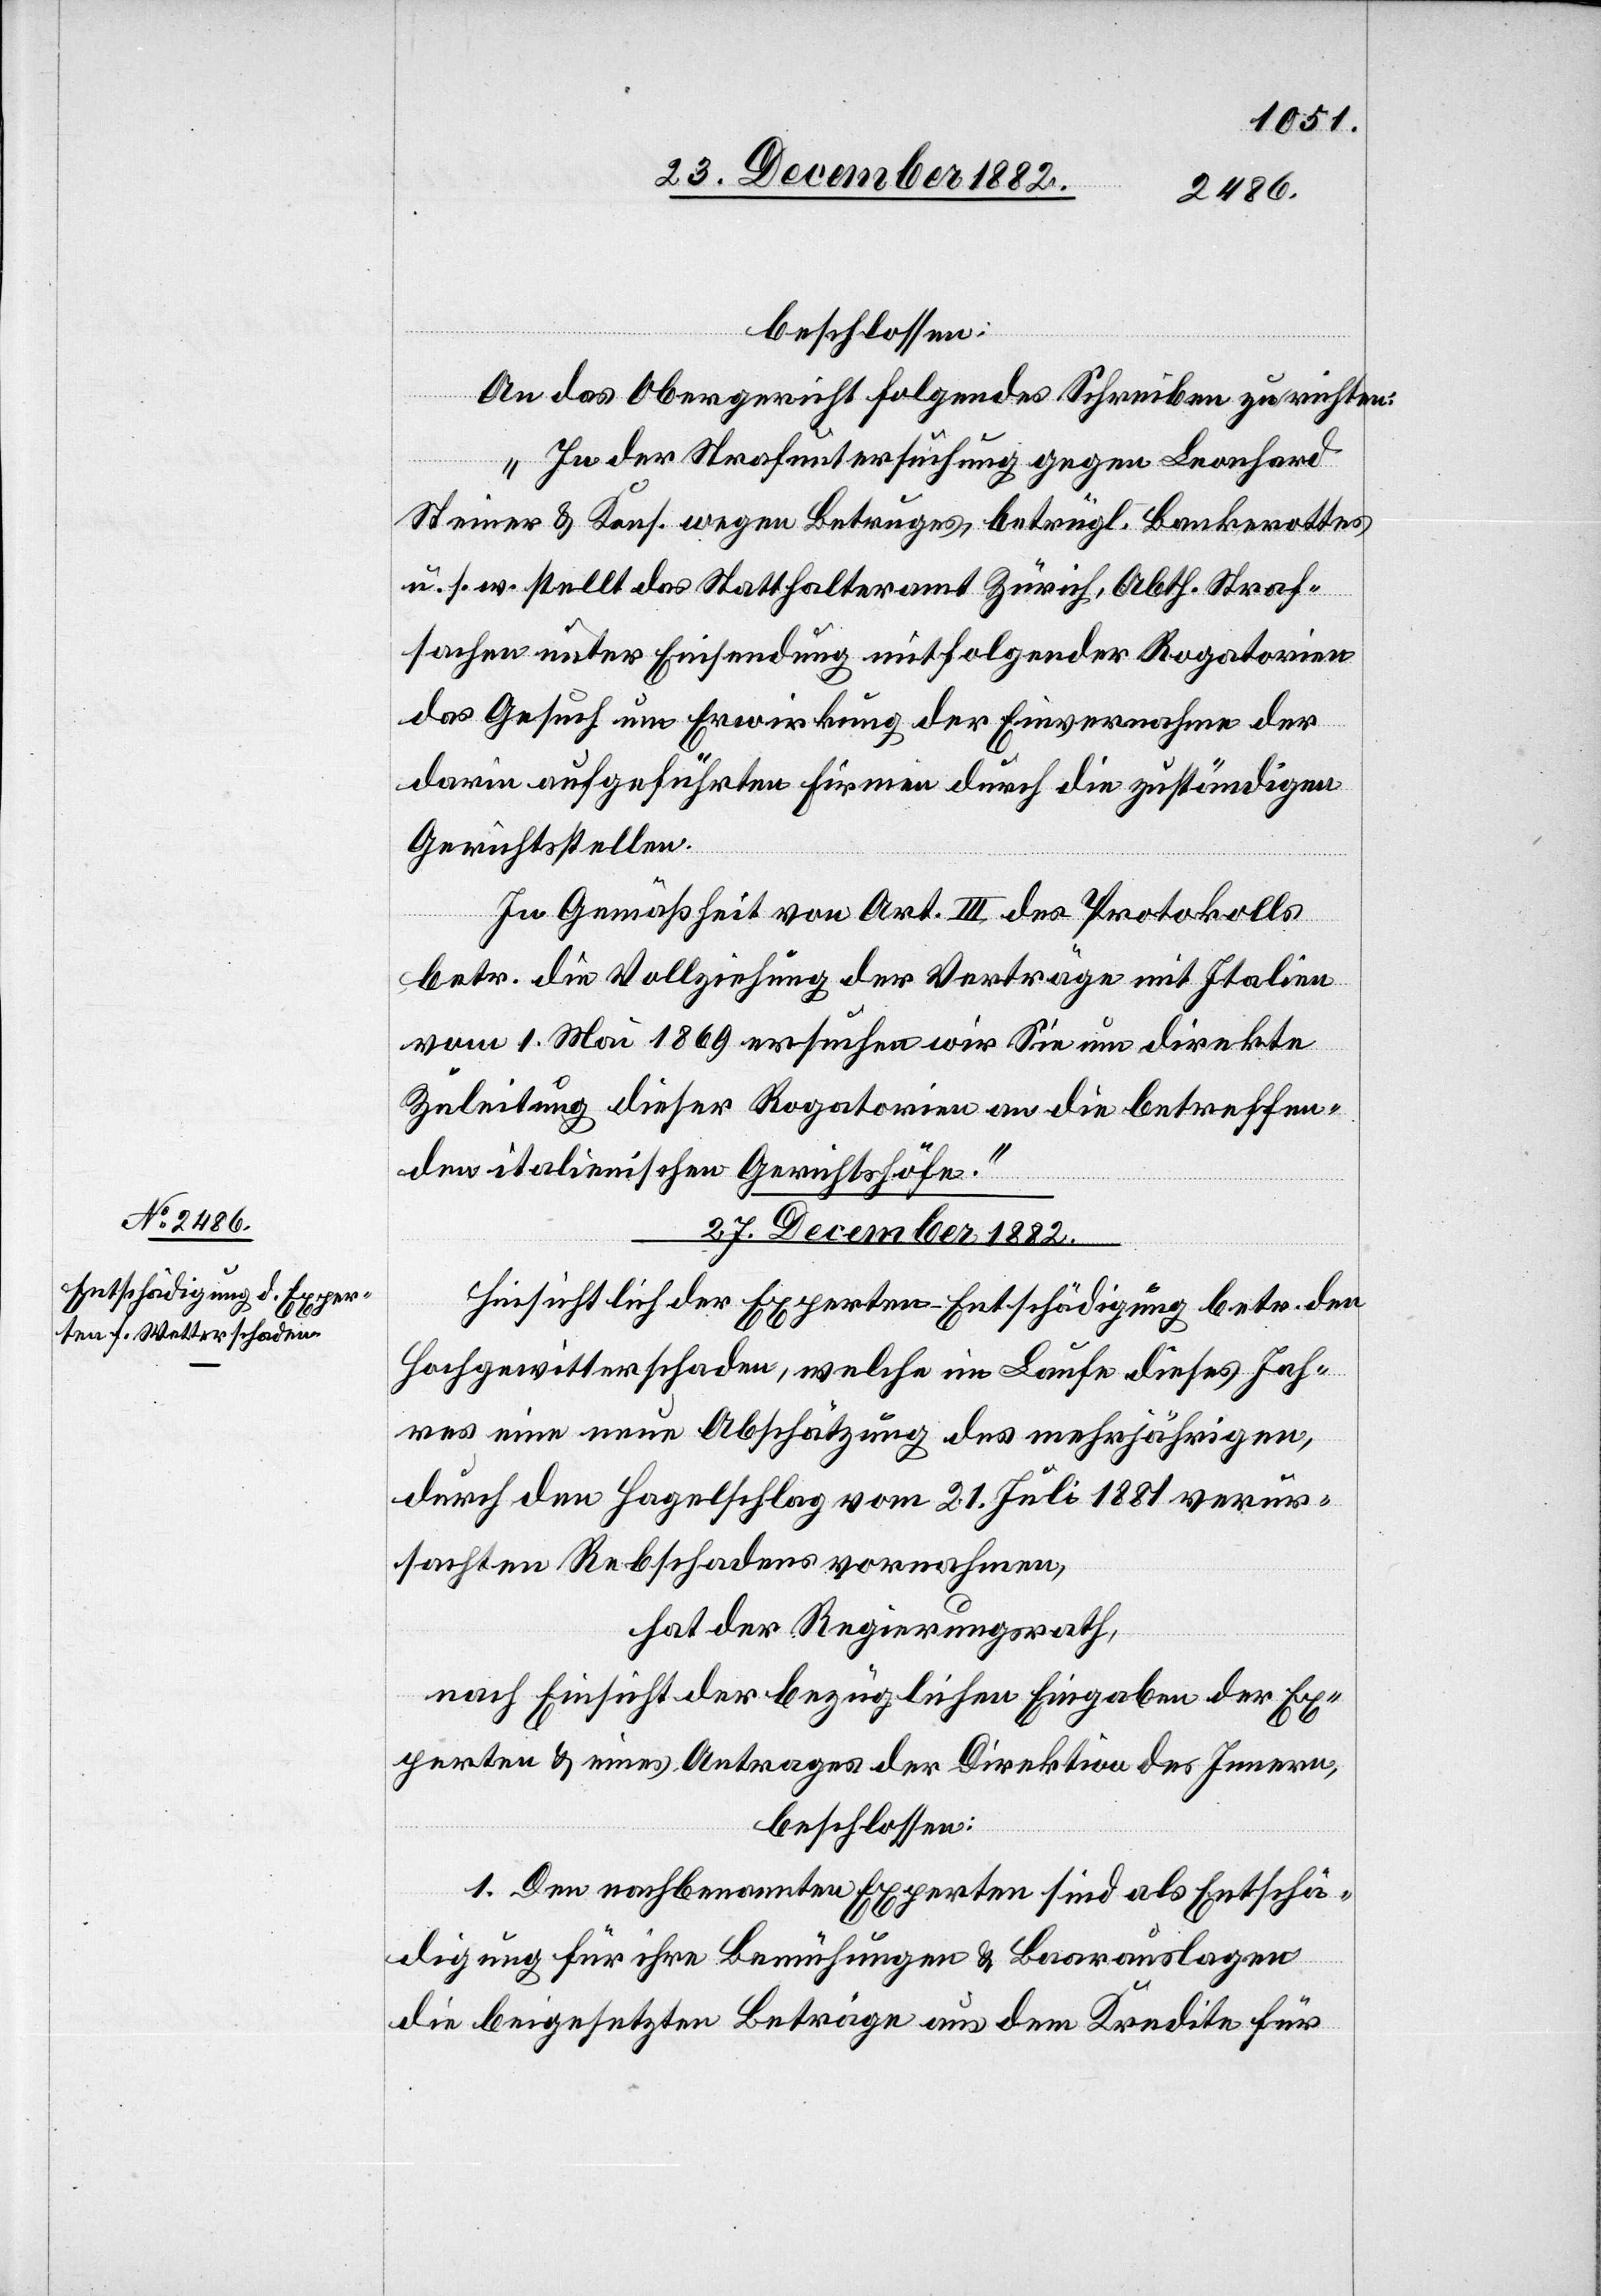
beschlossen:
An das Obergericht folgendes Schreiben zu richten:
„In der Strafuntersuchung gegen Leonhard
Steiner & Kons. wegen Betruges, betrügl. Bankrottes
u. s. w. stellt das Statthalteramt Zürich, Abth. Straf¬
sachen unter Einsendung mitfolgender Rogatorien
das Gesuch um Erwirkung der Einvernahme der
darin aufgeführten Firmen durch die zuständigen
Gerichtsstellen.
In Gemäßheit von Art. III des Protokolls
betr. die Vollziehung der Verträge mit Italien
vom 1. Mai 1869 ersuchen wir Sie um direkte
Zuleitung dieser Rogatorien an die betreffen¬
den italienischen Gerichtshöfe.“
27. December 1882.
Hinsichtlich der Experten-Entschädigung betr. den
Hochgewitterschaden, welche im Laufe dieses Jah¬
res eine neue Abschätzung des mehrjährigen,
durch den Hagelschlag vom 21. Juli 1881 verur¬
sachten Rebschadens vornahmen,
hat der Regierungsrath,
nach Einsicht der bezüglichen Eingaben der Ex¬
perten & eines Antrages der Direktion des Innern,
beschlossen:
I. Den nachbenannten Experten sind als Entschä¬
digung für ihre Bemühungen & Baarauslagen
die beigesetzten Beträge aus dem Kredite für